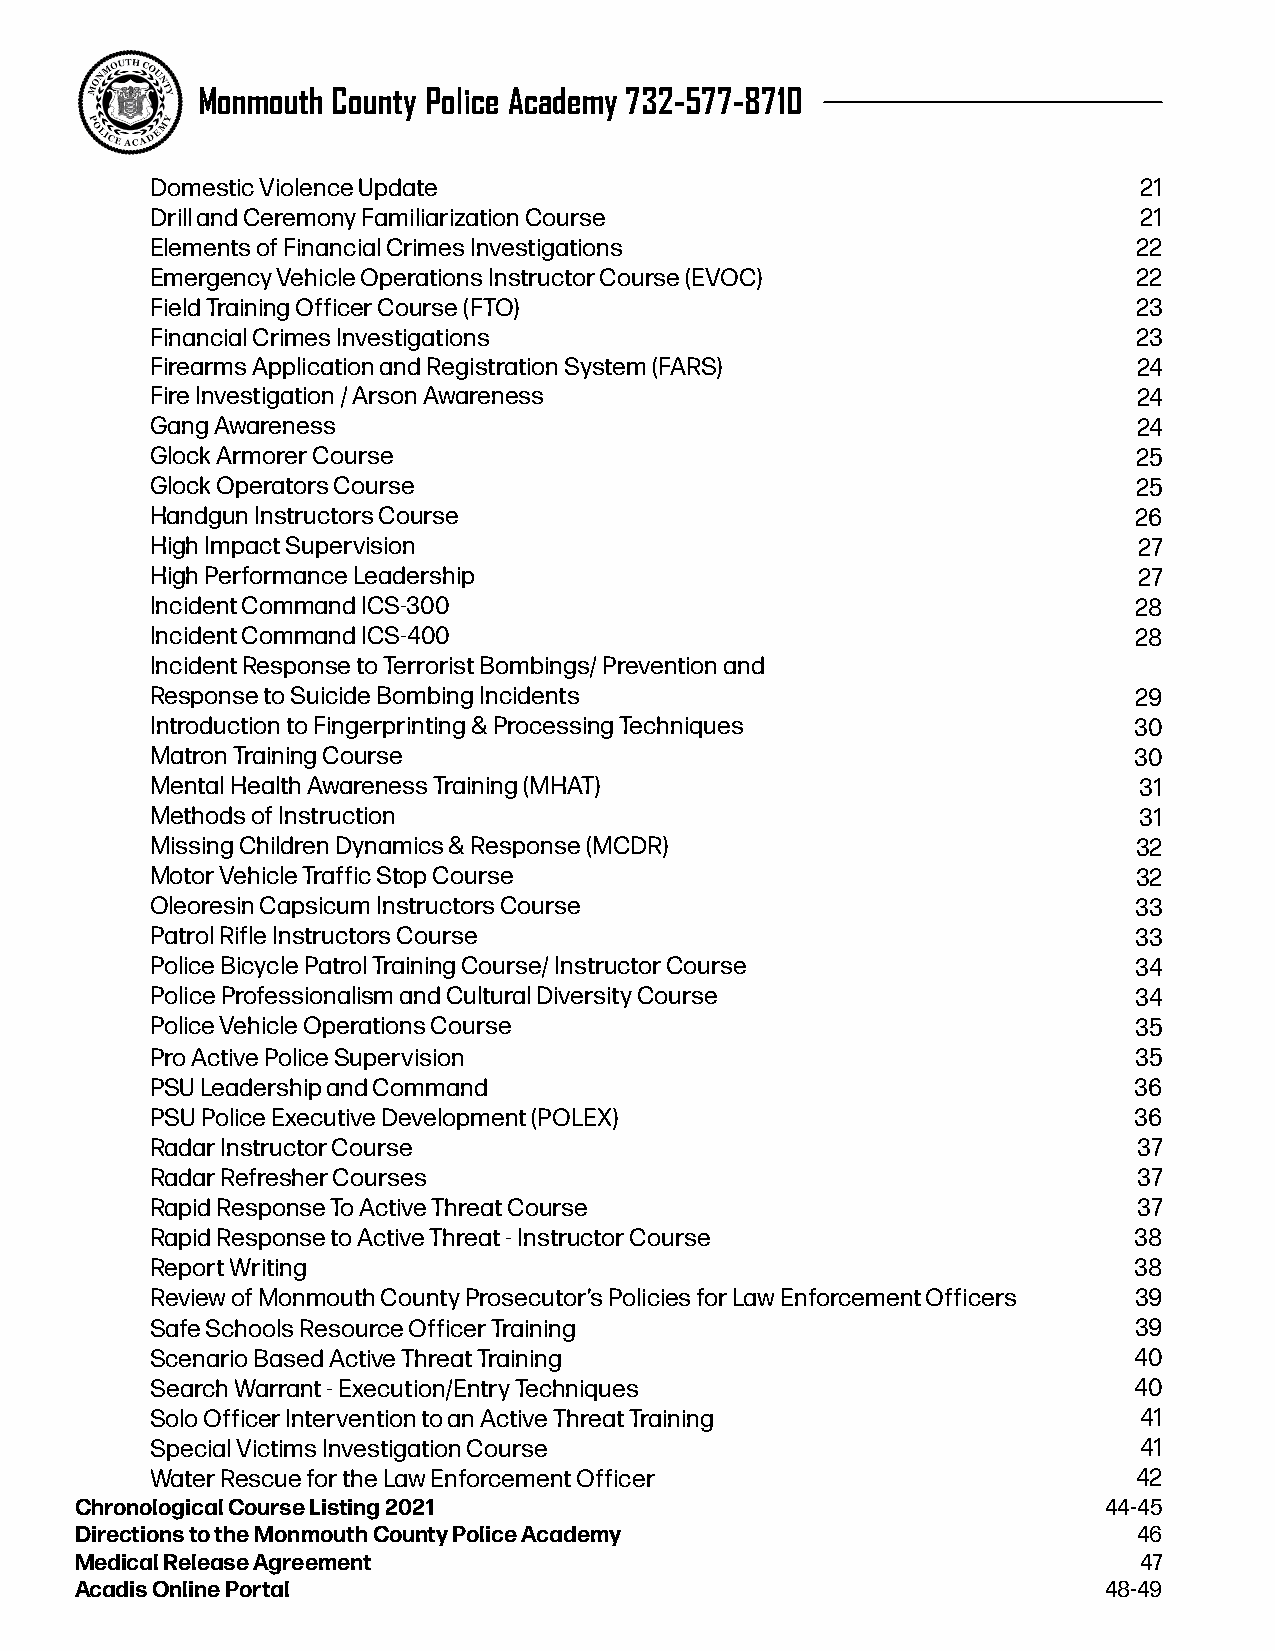
Monmouth County Police Academy 732-577-8710                                                2022  Police  Training Course   Catalog
 Domestic Violence Update                                         21
 Drill and Ceremony Familiarization Course                        21
 Elements of Financial Crimes Investigations                      22
 Emergency Vehicle Operations Instructor Course (EVOC)            22
 Field Training Officer Course (FTO)                              23
 Financial Crimes Investigations                                  23
 Firearms Application and Registration System (FARS)              24
 Fire Investigation / Arson Awareness                             24
 Gang Awareness                                                   24
 Glock Armorer Course                                             25
 Glock Operators Course                                           25
 Handgun Instructors Course                                       26
 High Impact Supervision                                          27
 High Performance Leadership                                      27
 Incident Command ICS-300                                         28
 Incident Command ICS-400                                         28
 Incident Response to Terrorist Bombings/ Prevention and
 Response to Suicide Bombing Incidents                            29
 Introduction to Fingerprinting & Processing Techniques           30
 Matron Training Course                                           30
 Mental Health Awareness Training (MHAT)                          31
 Methods of Instruction                                           31
 Missing Children Dynamics & Response (MCDR)                      32
 Motor Vehicle Traffic Stop Course                                32
 Oleoresin Capsicum Instructors Course                            33
 Patrol Rifle Instructors Course                                  33
 Police Bicycle Patrol Training Course/ Instructor Course         34
 Police Professionalism and Cultural Diversity Course             34
 Police Vehicle Operations Course                                 35
 Pro Active Police Supervision                                    35
 PSU Leadership and Command                                       36
 PSU Police Executive Development (POLEX)                         36
 Radar Instructor Course                                          37
 Radar Refresher Courses                                          37
 Rapid Response To Active Threat Course                           37
 Rapid Response to Active Threat - Instructor Course              38
 Report Writing                                                   38
 Review of Monmouth County Prosecutor’s Policies for Law Enforcement Officers 39
 Safe Schools Resource Officer Training                           39
 Scenario Based Active Threat Training                            40
 Search Warrant - Execution/Entry Techniques                      40
 Solo Officer Intervention to an Active Threat Training           41
 Special Victims Investigation Course                             41
 Water Rescue for the Law Enforcement Officer                     42
 Chronological Course Listing 2021                                   44-45
 Directions to the Monmouth County Police Academy                      46
 Medical Release Agreement                                             47
 6
 Acadis Online Portal                                                48-49